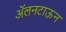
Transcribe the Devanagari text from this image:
ॲलनटाऊन